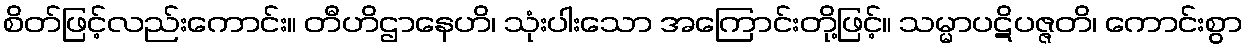
စိတ်ဖြင့်လည်းကောင်း။ တီဟိဌာနေဟိ၊ သုံးပါးသော အကြောင်းတို့ဖြင့်။ သမ္မာပဋိပဇ္ဇတိ၊ ကောင်းစွာ